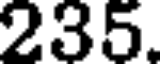
235.